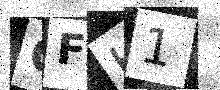
Text: GFH1